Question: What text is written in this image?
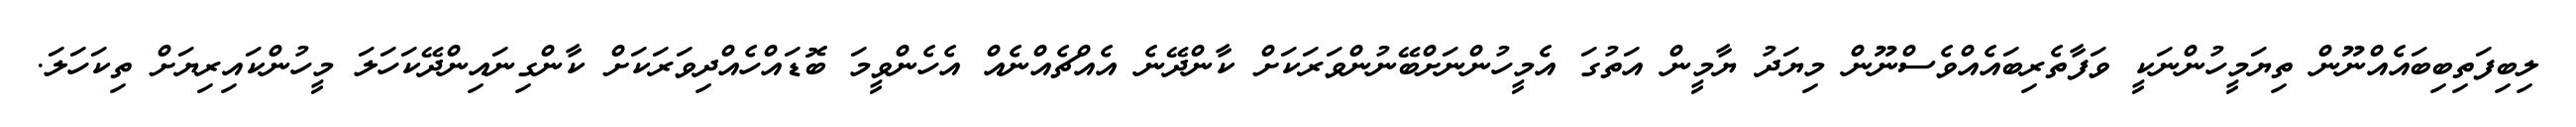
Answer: ލިބިފަތިބިބައެއްނޫން ތިޔަމީހުންނަކީ ވަފާތެރިބައެއްވެސްނޫން މިޔަދު ޔާމީން އަތުގަ އެމީހުންނަށްބޭނުންވަރަކަށް ކާންދޭނެ އެއްޗެއްނެއް އެހެންވީމަ ބޮޑައްހެއްދިވަރަކަށް ކާންގިނައިންދޭކަހަލަ މީހުންކައިރިޔަށް ތިކަހަލަ.